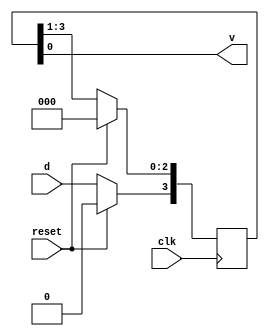
`timescale 1ns / 1ps
//////////////////////////////////////////////////////////////////////////////////
// Company: 
// Engineer: 
// 
// Design Name: 
// Module Name: SISO
// Project Name: 
// Target Devices: 
// Tool Versions: 
// Description: 
// 
// Dependencies: 
// 
// Revision:
// Revision 0.01 - File Created
// Additional Comments:
// 
//////////////////////////////////////////////////////////////////////////////////


module SISO(

    input clk,reset,d,
    output v
    );
    
    reg [3:0] q;
    
    always @ (posedge clk)
        
        if (reset==1) begin
            q <= 4'b0000;
        end
        else begin
        q <= q>>1;
        q[3] <= d;
        end 
     
     assign v = q[0];
endmodule